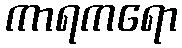
ကာရကရော